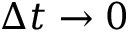
\Delta t \to 0